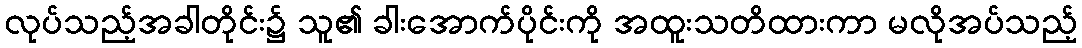
လုပ်သည့်အခါတိုင်း၌ သူ၏ ခါးအောက်ပိုင်းကို အထူးသတိထားကာ မလိုအပ်သည့်